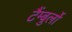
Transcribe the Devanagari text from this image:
टैंम्बुर्लो